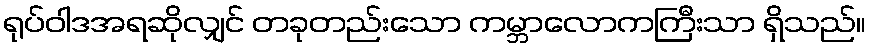
ရုပ်ဝါဒအရဆိုလျှင် တခုတည်းသော ကမ္ဘာလောကကြီးသာ ရှိသည်။